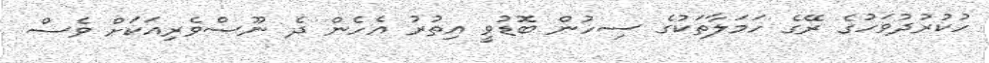
ހުކުރުދުވަހުގެ ރޭގެ ހަމަލާތަކުގެ ސިހުން ބޮޑުވީ އިތުރު އެހެން ދެ ނޫސްވެރިއަކަށް ވެސް